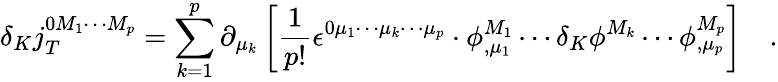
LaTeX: \delta_{K}j_{T}^{0M_{1}\cdots M_{p}}=\sum_{k=1}^{p}\partial_{\mu_{k}}\left[\frac 1{p!}\epsilon^{0\mu_{1}\cdots\mu_{k}\cdots\mu_{p}}\cdot\phi_{,\mu_{1}}^{M_{1}}\cdots\delta_{K}\phi^{M_{k}}\cdots\phi_{,\mu_{p}}^{M_{p}}\right]\quad.